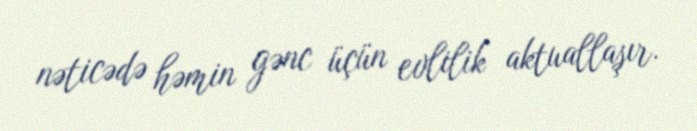
nəticədə həmin gənc üçün evlilik aktuallaşır.